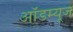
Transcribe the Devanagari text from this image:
ऑडम्यूज